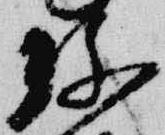
弥